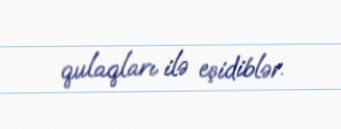
qulaqları ilə eşidiblər.